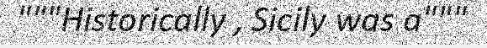
"""Historically , Sicily was a"""